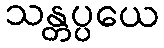
သန္တပ္ပယေ